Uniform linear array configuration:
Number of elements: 16
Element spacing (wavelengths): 1
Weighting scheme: exponential
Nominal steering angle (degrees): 30
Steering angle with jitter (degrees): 30.338
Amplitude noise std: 0.05
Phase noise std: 0.05

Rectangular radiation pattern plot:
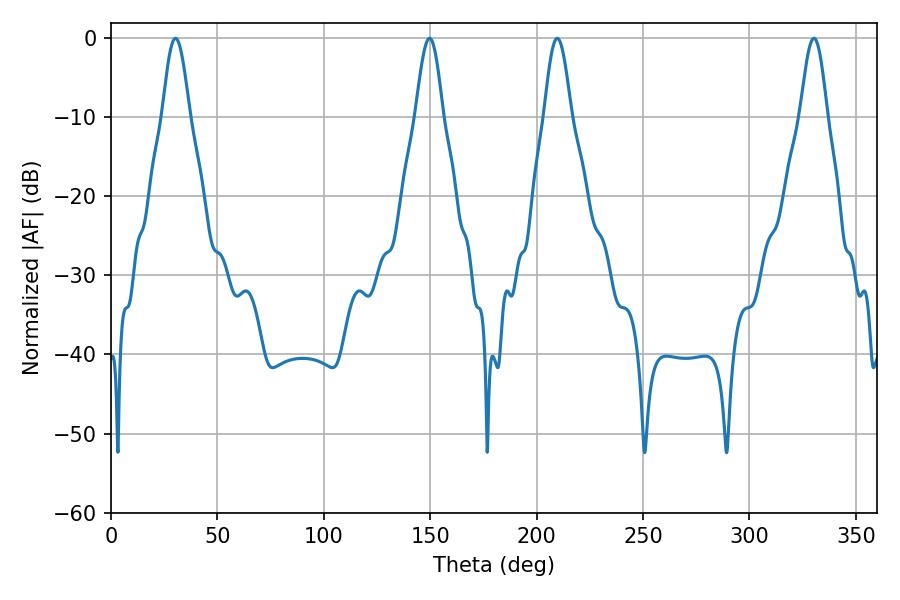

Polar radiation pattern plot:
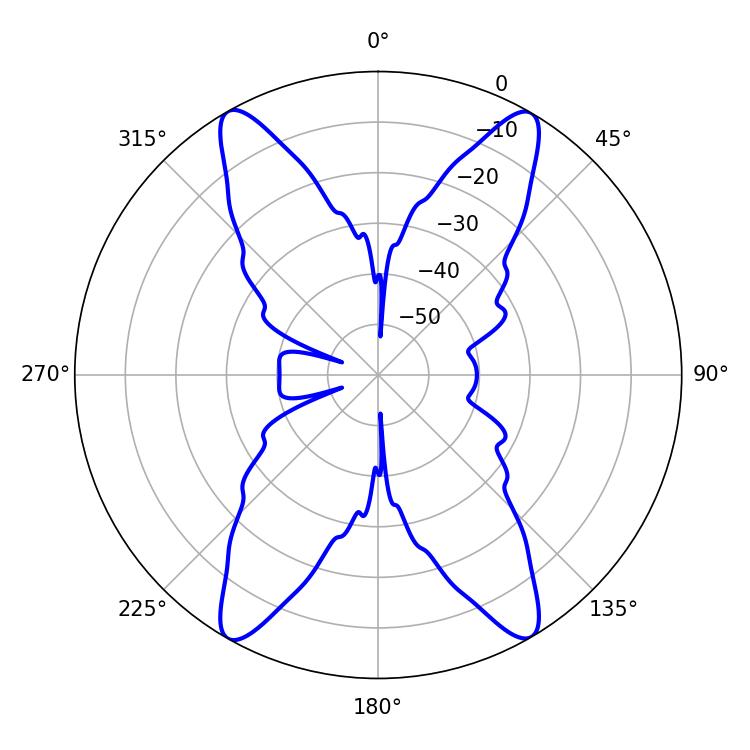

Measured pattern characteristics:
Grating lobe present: TRUE
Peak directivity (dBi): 28.772
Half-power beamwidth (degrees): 6.84
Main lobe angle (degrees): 209.7